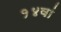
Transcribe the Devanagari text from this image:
१४वां